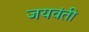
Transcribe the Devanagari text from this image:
जयवंती